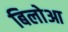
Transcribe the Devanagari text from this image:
बिलोआ